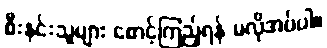
စီးနင်းသူများ စောင့်ကြည့်ရန် မလိုအပ်ပါ။